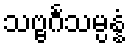
သဗ္ဗင်္ဂသမ္ပန္နံ